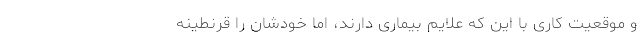
و موقعیت کاری با این که علایم بیماری دارند، اما خودشان را قرنطینه